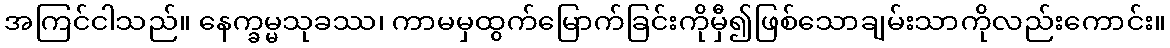
အကြင်ငါသည်။ နေက္ခမ္မသုခဿ၊ ကာမမှထွက်မြောက်ခြင်းကိုမှီ၍ဖြစ်သောချမ်းသာကိုလည်းကောင်း။